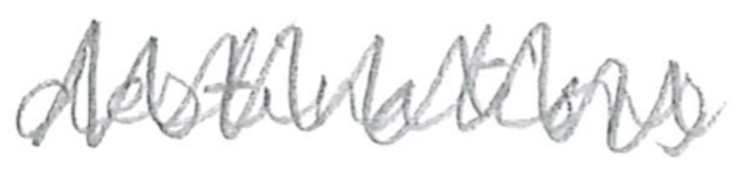
Text: destinations
Cross-out: zig-zag
Writing tool: pencil